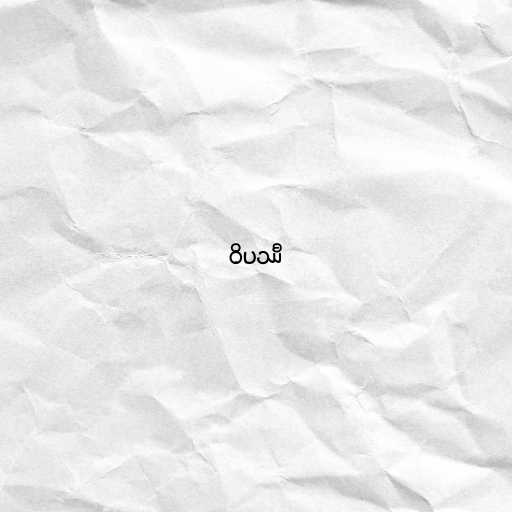
ဝိပဿီ